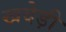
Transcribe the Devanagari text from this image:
खदेड़ी